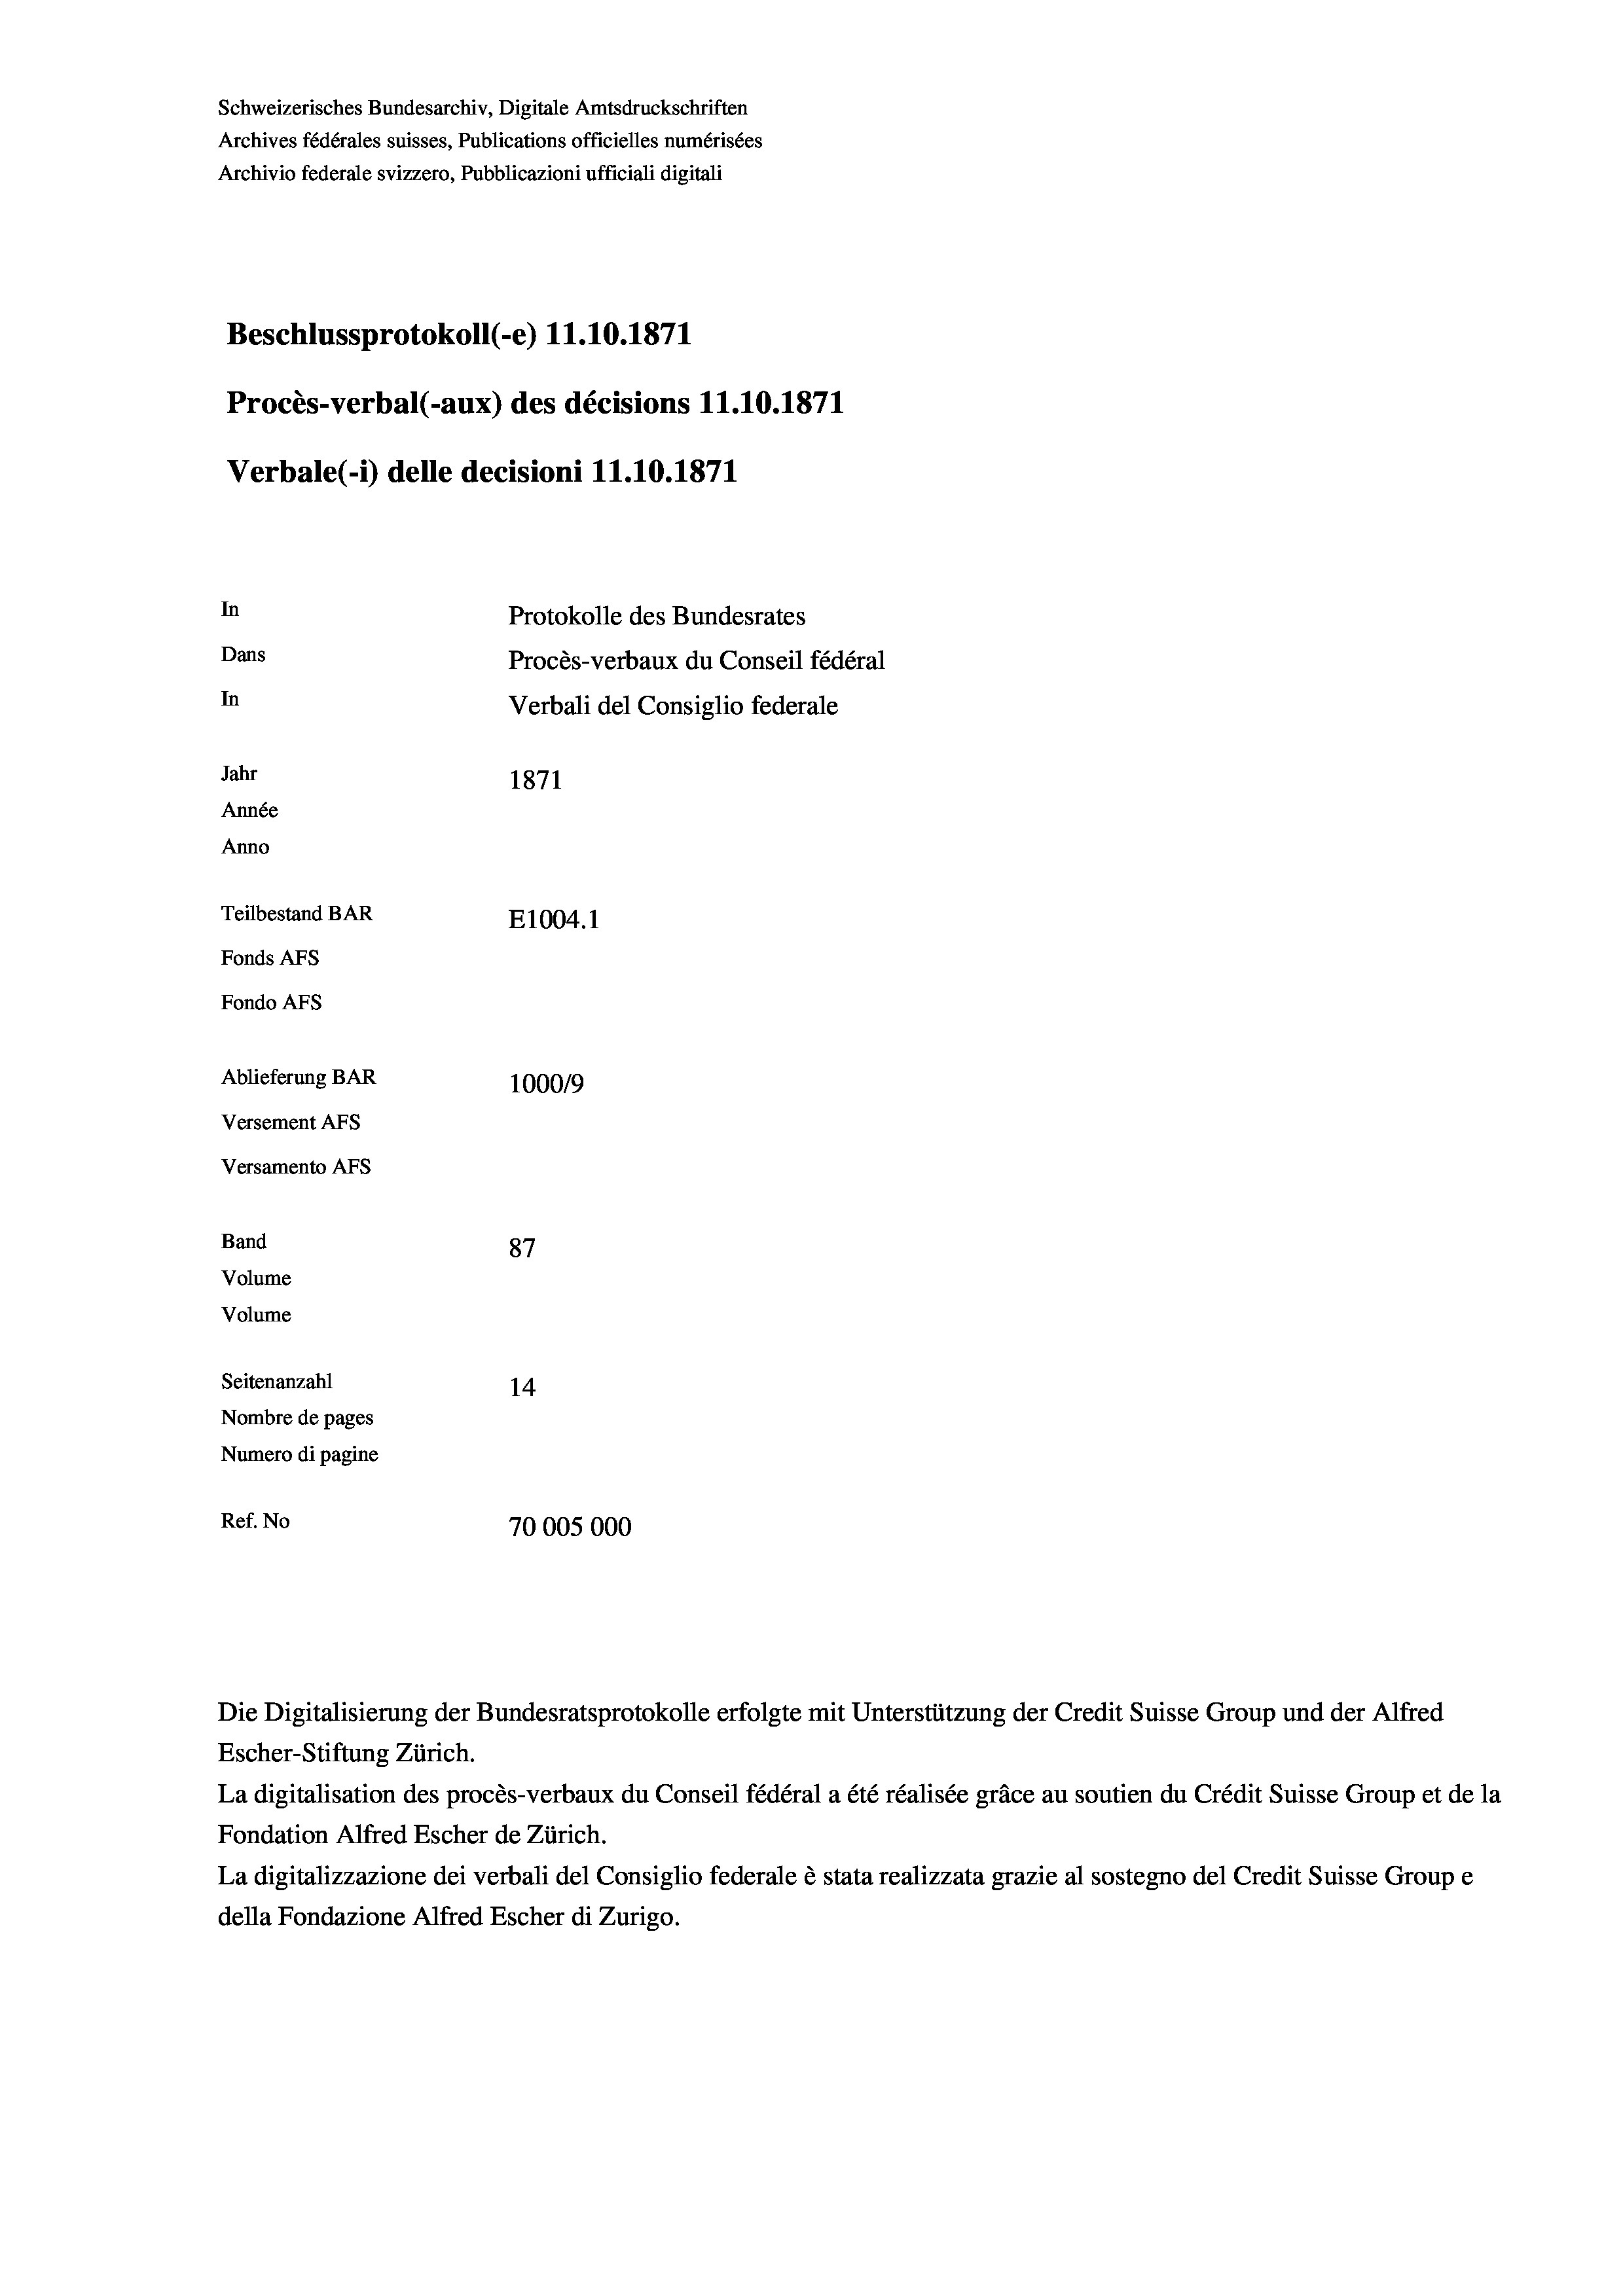
Schweizerisches Bundesarchiv, Digitale Amtsdruckschriften
Archives fédérales suisses, Publications officielles numérisées
Archivio federale svizzero, Pubblicazioni ufficiali digitali
Beschlussprotokoll (-e) 11.10.1871
Procès-verbal (-aux) des décisions 11.10.1871
Verbale (- 1) delle decisioni 11.10.1871
In
Protokolle des Bundesrates
Dans
Procès-verbaux du Conseil fédéral
In
Verbali del Consiglio federale
Jahr
1871
Année
Anno
Teilbestand BAR
E1004.1
Fonds AFs
Fondo AFs
Ablieferung BAR
1000/9
Versement Abs
Versamento Afs
Band
87
Volume
Volume

Seitenanzahl
14
Nombre de pages
Numero di pagine
Ref. No
70005000

Die Digitalisierung der Bundesratsprotokolle erfolgte mit Unterstützung der Credit Suisse Group und der Alfred

Escher-Stiftung Zürich.
La digitalisation des procès-verbaux du Conseil fédéral a été réalisée gräce au soutien du Crédit Suisse Group et de la
Fondation Alfred Escher de Zürich.
La digitalizzazione dei verbali del Consiglio federale è stata realizzata grazie al sostegno del Credit Suisse Groupe
della Fondazione Alfred Escher di Zurigo.